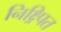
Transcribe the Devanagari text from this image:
निक्ष्र्पित